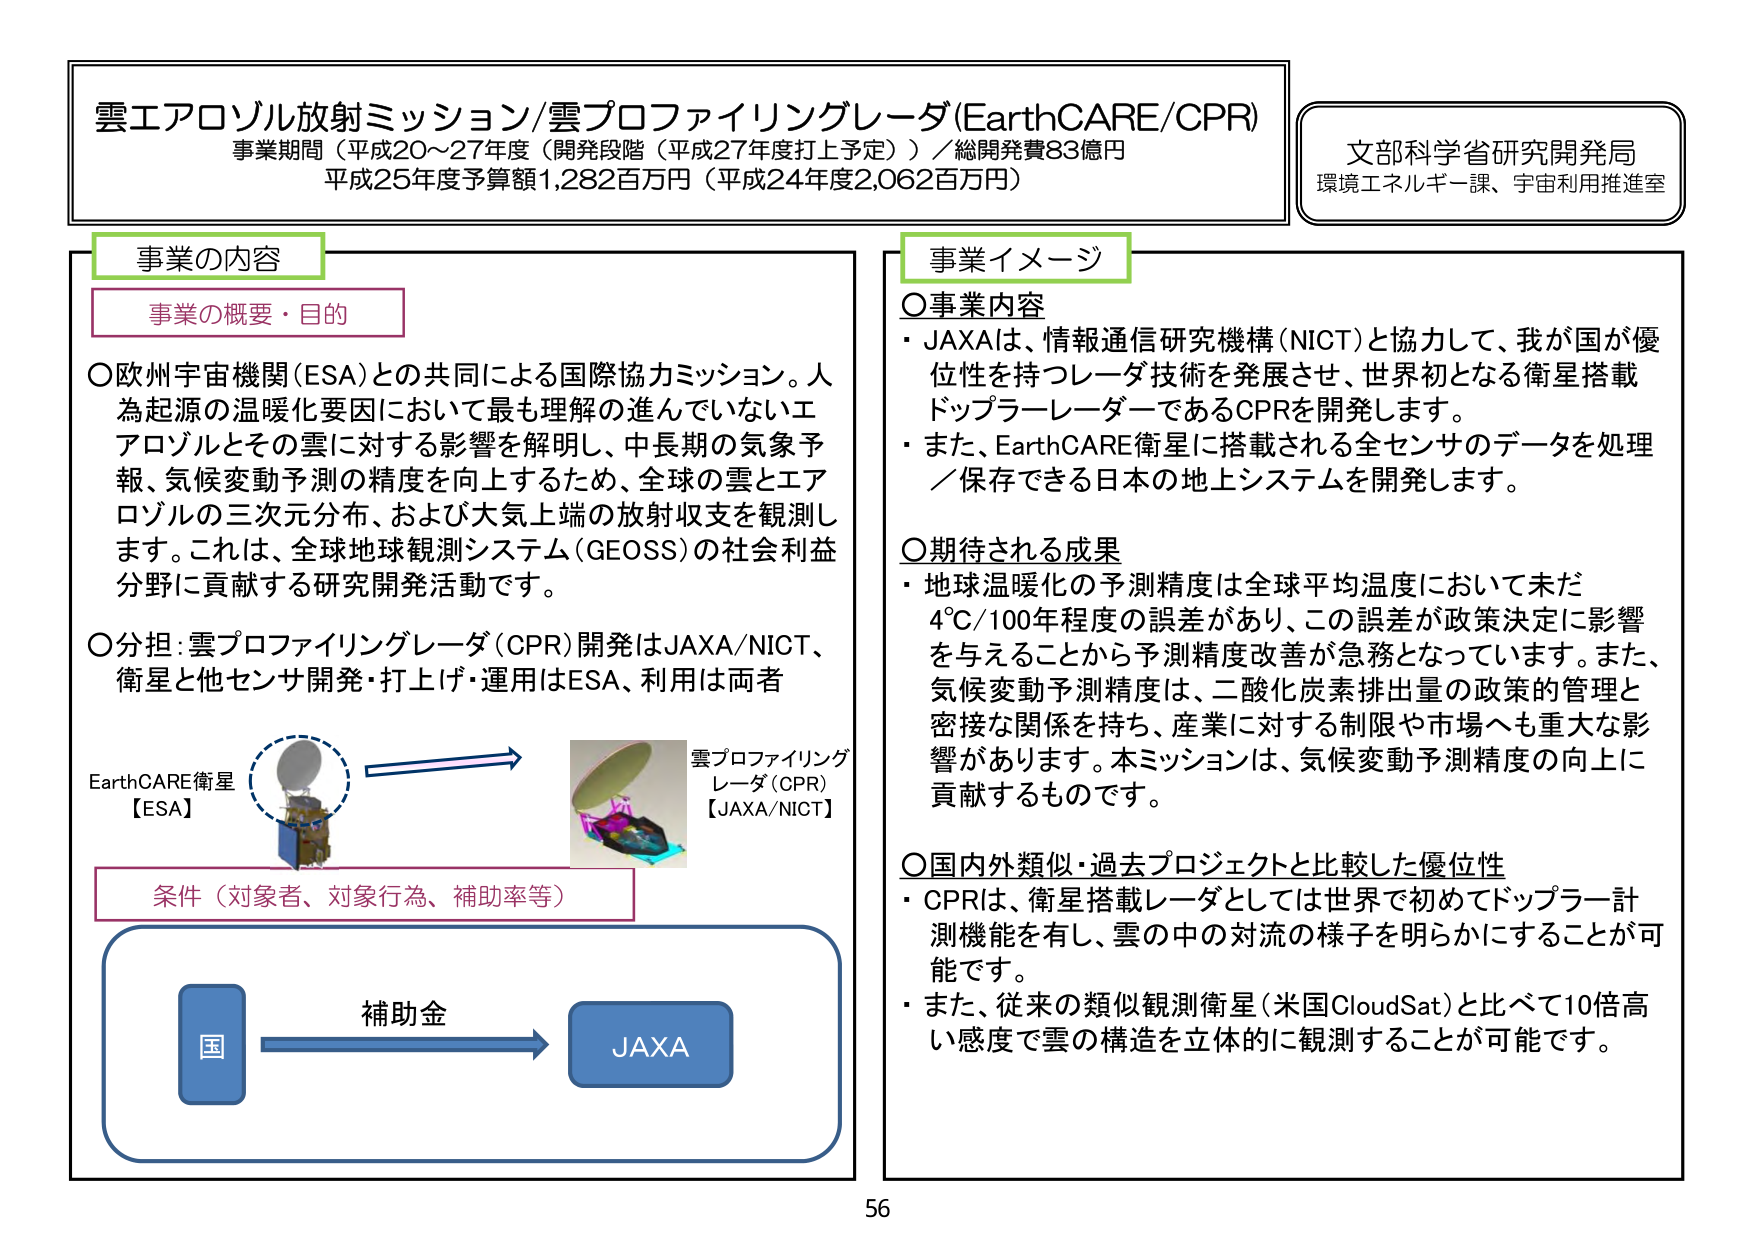
雲エアロゾル放射ミッション/雲プロファイリングレーダ(EarthCARE/CPR)
事業期間（平成20～27年度（開発段階（平成27年度打上予定））／総開発費83億円
平成25年度予算額1,282百万円（平成24年度2,062百万円）

文部科学省研究開発局
環境エネルギー課、宇宙利用推進室

事業の内容
事業の概要・目的
○欧州宇宙機関(ESA)との共同による国際協力ミッション。人為起原の温暖化要因において最も理解の進んでいないエアロゾルとその雲に対する影響を解明し、中長期の気象予報、気候変動予測の精度を向上するため、全球の雲とエアロゾルの三次元分布、および大気上端の放射収支を観測します。これは、全球地球観測システム(GEOSS)の社会利益分野に貢献する研究開発活動です。
○分担:雲プロファイリングレーダ(CPR)開発はJAXA/NICT、衛星と他センサ開発・打上げ・運用はESA、利用は両者

EarthCARE衛星
【ESA】

雲プロファイリングレーダ(CPR)
【JAXA/NICT】

条件（対象者、対象行為、補助率等）
補助金
国 → JAXA

事業イメージ
○事業内容
・JAXAは、情報通信研究機構(NICT)と協力して、我が国が優位性を持つレーダ技術を発展させ、世界初となる衛星搭載ドップラーレーダーであるCPRを開発します。
・また、EarthCARE衛星に搭載される全センサのデータを処理／保存できる日本の地上システムを開発します。

○期待される成果
・地球温暖化の予測精度は全球平均温度において未だ4℃/100年程度の誤差があり、この誤差が政策決定に影響を与えることから予測精度改善が急務となっています。また、気候変動予測精度は、二酸化炭素排出量の政策的管理と密接な関係を持ち、産業に対する制限や市場へも重大な影響があります。本ミッションは、気候変動予測精度の向上に貢献するものです。

○国内外類似・過去プロジェクトと比較した優位性
・CPRは、衛星搭載レーダーとしては世界で初めてドップラー計測機能を有し、雲の中の対流の様子を明らかにすることが可能です。
・また、従来の類似観測衛星(米国CloudSat)と比べて10倍高い感度で雲の構造を立体的に観測することが可能です。

56